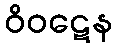
ဝိဝဋေန